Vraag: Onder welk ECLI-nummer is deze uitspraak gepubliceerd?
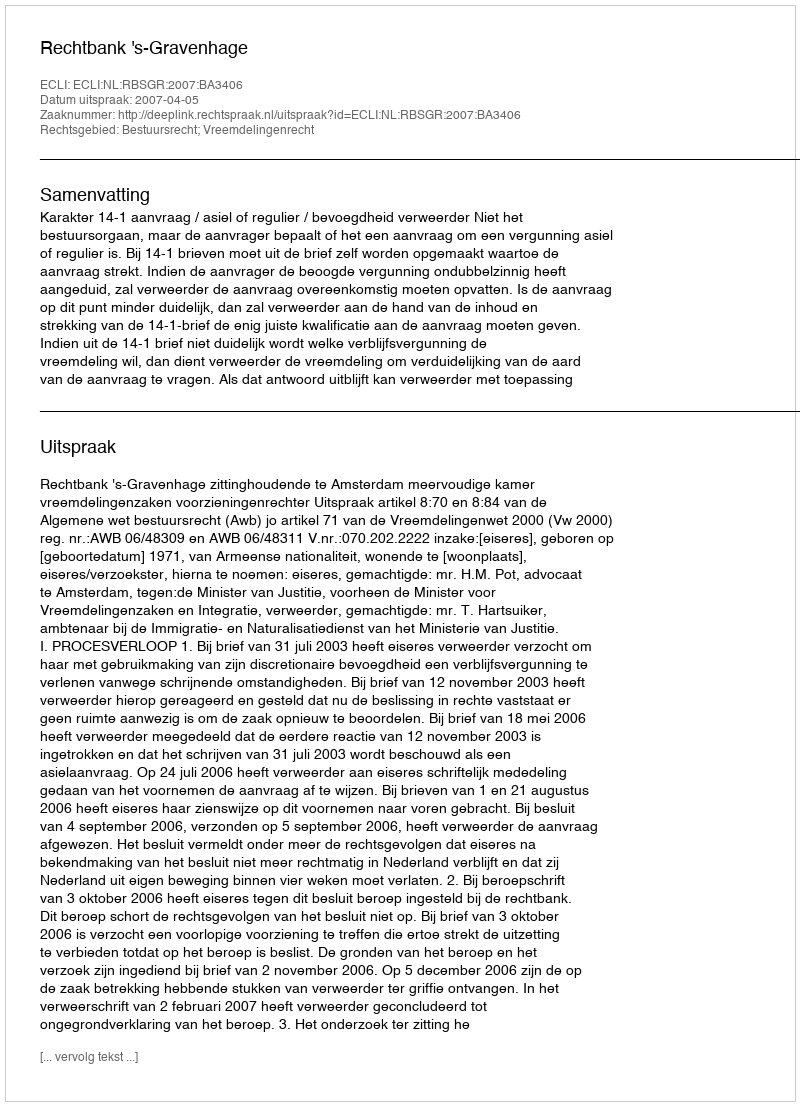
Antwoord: ECLI:NL:RBSGR:2007:BA3406